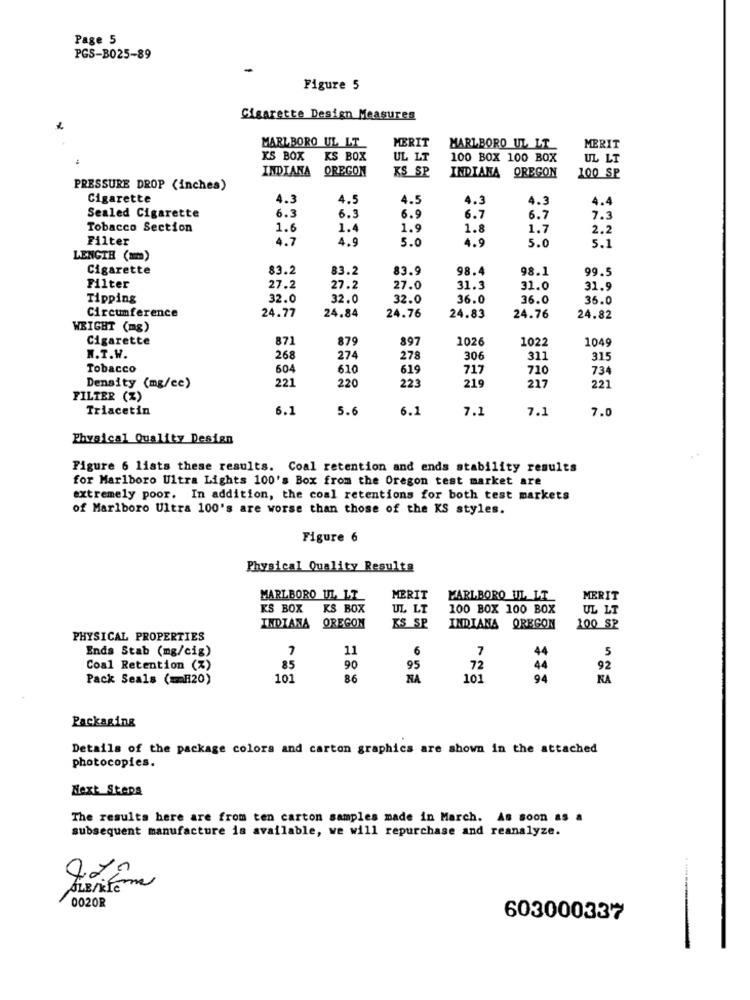
Page 5
PGS-B025-89
Figure 5
Cigarette Design Measures
MERIT
MARLBORO UL LT
MARLBORO UL LT
MERIT
KS BOX
KS BOX
UL LT
100 BOX 100 BOX
UL LT
INDIANA
OREGON
KS SP
INDIANA
OREGON
100 SP
PRESSURE DROP (inches)
Cigarette
4.3
4.5
4.5
4.3
4.3
4.4
Sealed Cigarette
6.3
6.3
6.9
6.7
6.7
7.3
Tobacco Section
1.6
1.4
1.9
1.8
1.7
2.2
Filter
4.7
4.9
5.0
4.9
5.0
5.1
LENGTH (mm)
Cigarette
83.2
83.2
83.9
98.4
98.1
99.5
Filter
27.2
27.2
27.0
31.3
31.0
31.9
Tipping
32.0
32.0
32.0
36.0
36.0
36.0
24.77
Circumference
24.84
24.76
24.83
24.76
24.82
WEIGHT (mg)
Cigarette
871
879
897
1026
1022
1049
W.T.W.
268
274
278
306
311
315
Tobacco
604
610
619
717
710
734
221
220
223
219
217
Density (mg/ce)
221
FILTER (%)
Triacetin
6.1
5.6
6.1
7.1
7.1
7.0
Physical Quality Design
Figure 6 lists these results. Coal retention and ends stability results
for Marlboro Ultra Lights 100's Box from the Oregon test market are
extremely poor. In addition, the coal retentions for both test markets
of Marlboro Ultra 100's are worse than those of the KS styles.
Figure 6
Physical Quality Resulta
MARLBORO UL LT
MERIT
MARLBORO UL LI
MERIT
KS BOX
KS BOX
UL LT
100 BOX 100 BOX
UL LT
OREGON
KS SP
INDIANA
INDIANA OREGON
100 SP
PHYSICAL PROPERTIES
Ends Stab (mg/cig)
7
11
6
7
44
5
Coal Retention (%)
85
90
95
72
44
92
Pack Seals ( == H20)
101
86
NA
101
94
KA
Packaging
Details of the package colors and carton graphics are shown in the attached
photocopies.
Next Steps
The results here are from ten carton samples made in March. As soon as a
subsequent manufacture is available, we will repurchase and reanalyze.
0020R
603000337